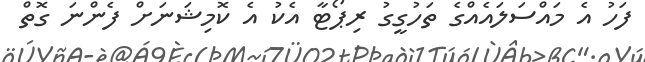
ފަހު އެ މައްސަލައެއްގެ ތަހުގީގު ރިޕޯޓާ އެކު އެ ކޮމިޝަނަށް ފެންނަ ގޮތް